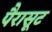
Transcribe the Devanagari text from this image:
पैरासूट